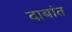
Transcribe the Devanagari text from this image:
दाबांत